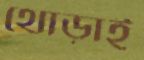
থোড়াই